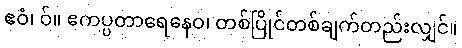
ဧဝံ၊ ဝ်။ ဧကပ္ပတာရေနေဝ၊ တစ်ပြိုင်တစ်ချက်တည်းလျှင်။